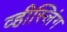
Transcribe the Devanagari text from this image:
व्हीस्लिंग